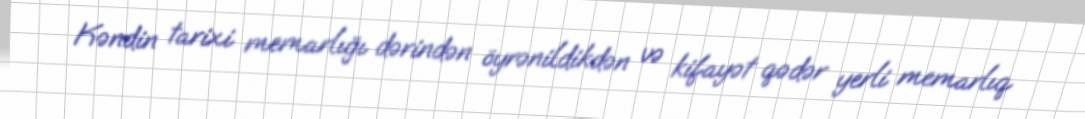
Kəndin tarixi memarlığı dərindən öyrənildikdən və kifayət qədər yerli memarlıq